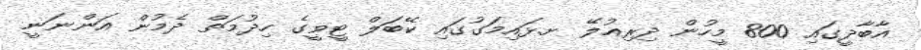
އާބާދީގައި 800 މީހުން ދިރިއުލޭ ށ.ޅައިމަގުގައި ކޭބަލް ޓީވީގެ ހިދުމަތް ދެމުން އަންނަނީ